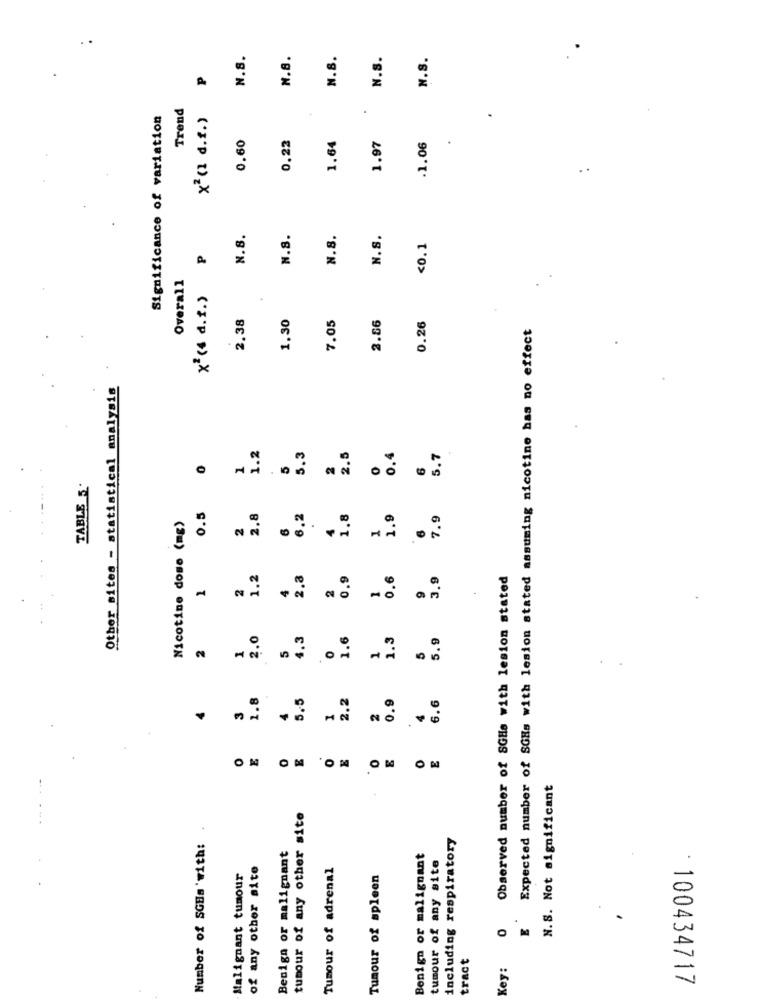
N.S.
N.8.
N.S.
N.S.
N.S.
P
Trend
Significance of variation
x2 (1 d.f.)
.
0.60
0.22
1.97
.1.06
1.64
.
N.8.
N.8.
N.S.
N.S.
<0.1
P
Overall
x2 (4 d.f.)
2.38
1.30
7.05
2.66
0.26
Expected number of SGHs with lesion stated assuming nicotine has no effect
Other sites - statistical analysis
1.2
5.3
2.5
0.4
5.7
0
1
5
2
6
TABLE 5
Nicotine dose (mg)
0.5
2.8
6.2
1.8
1.9
7.9
2
1
6
1.2
2.8
0.9
0.6
3.9
Observed number of SGHs with lesion stated
2
2
9
2.0
4.3
1.6
1.3
5.9
2
1
5
0
5
1.8
5.5
2.2
0.9
3
1
6.6
2
E
O
O
E
N.S. Not significant
tumour of any other site
including respiratory
Number of SGHs 'with:
Benign or malignant
Benign or malignant
tumour of any site
of any other site
Tumour of adrenal
Malignant tumour
Tumour of spleen
O
tract
Key:
· 100434717